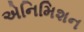
એનિમિશન